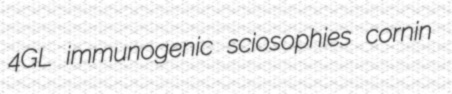
4GL immunogenic sciosophies cornin